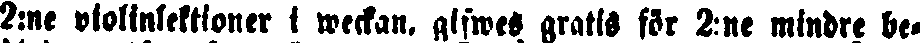
2:ne violinlektioner i weckan, gifwes gratis för 2:ne mindre be-